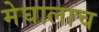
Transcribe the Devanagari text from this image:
मेघालाच